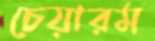
চেয়ারম